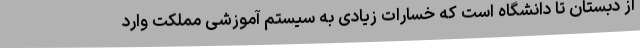
از دبستان تا دانشگاه است که خسارات زیادی به سیستم آموزشی مملکت وارد